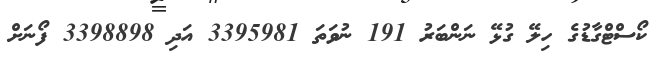
ކޯސްޓްގާޑުގެ ހިލޭ ގުޅޭ ނަންބަރު 191 ނުވަތަ 3395981 އަދި 3398898 ފޯނަށް